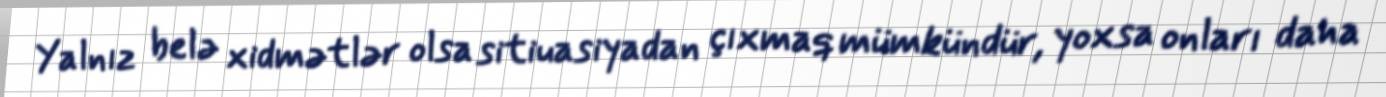
Yalnız belə xidmətlər olsa sitiuasiyadan çıxmaq mümkündür, yoxsa onları daha